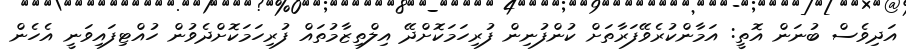
އަދިވެސް ބުނަން އޮތީ: އަމާންކުރެވޭފަރާތަށް ކުންފުނިން ފުރިހަމަކޮށްދޭ އިލްތިޒާމުތައް ފުރިހަމަކޮށްދެވުން ހުއްޓިފައިވަނީ އެހެން